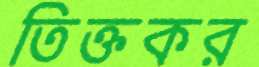
তিক্তকর